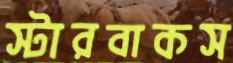
স্টারবাকস